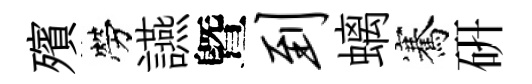
殯勞讌曁到螭騫硏